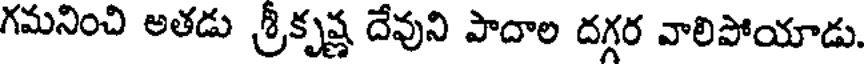
గమనించి అతడు శ్రీకృష్ణ దేవుని పాదాల దగ్గర వాలిపోయాడు.